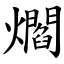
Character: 爓